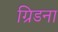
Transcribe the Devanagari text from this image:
ग्रिडना